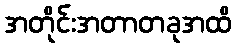
အတိုင်းအတာတခုအထိ